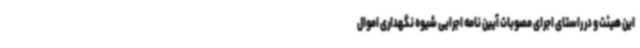
این هیئت و در راستای اجرای مصوبات آیین نامه اجرایی شیوه نگهداری اموال